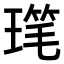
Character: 𪼋